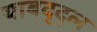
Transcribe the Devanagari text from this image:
याबद्द्ल